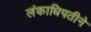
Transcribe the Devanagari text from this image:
लंकाधिपतीने